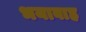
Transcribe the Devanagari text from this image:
भयावाह